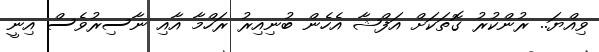
ވިއްޔަ.. ރުންކުރު ގޮތަކަށް އަފްޝާ އެހެން ބުނިއިރު ރަހްމާ އާއި ނާސިރުވެސް އިނީ